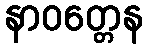
နာဝတ္တေန